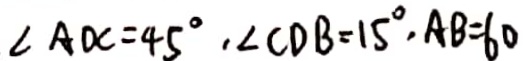
\angle A d C = 4 5 ^ { \circ } , \angle C D B = 1 5 ^ { \circ } , A B = 6 0